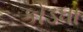
કોડધા